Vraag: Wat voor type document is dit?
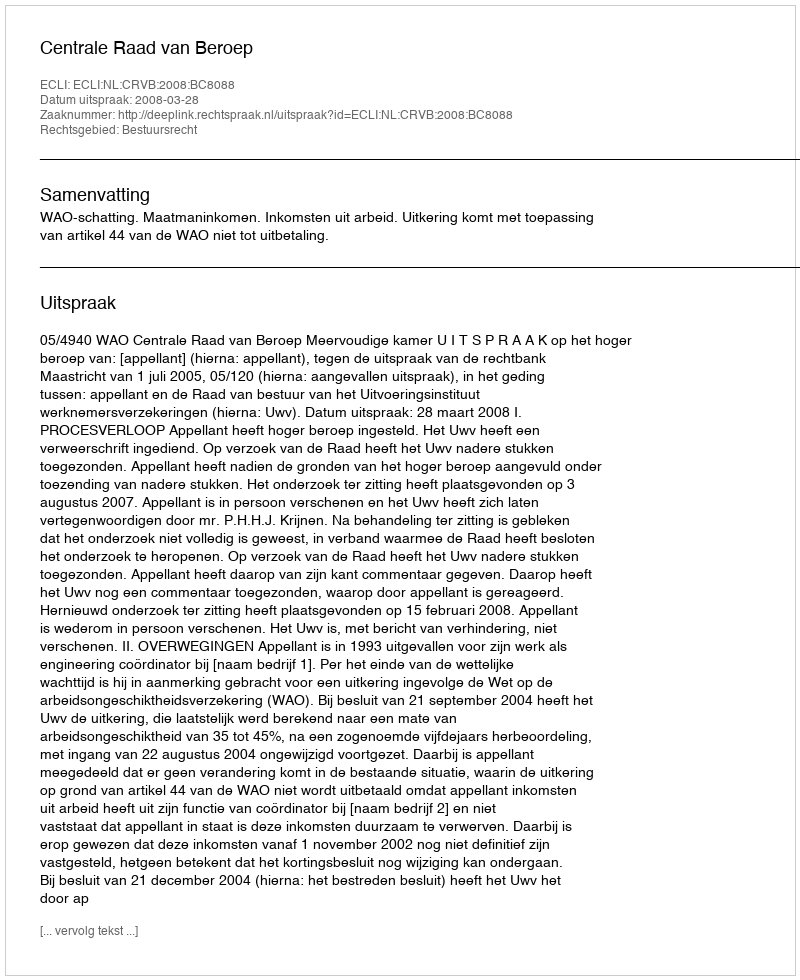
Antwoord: Uitspraak